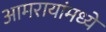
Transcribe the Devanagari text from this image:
आमरायांमध्ये